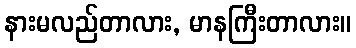
နားမလည်တာလား, မာနကြီးတာလား။